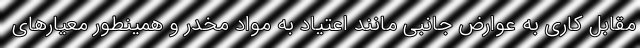
مقابل کاری به عوارض جانبی مانند اعتیاد به مواد مخدر و همینطور معیارهای